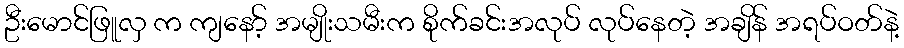
ဦးမောင်ဖြူလှ က ကျနော့် အမျိုးသမီးက စိုက်ခင်းအလုပ် လုပ်နေတဲ့ အချိန် အရပ်ဝတ်နဲ့